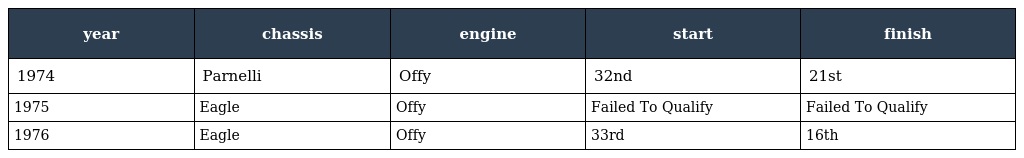
| year | chassis | engine | start | finish |
 | --- | --- | --- | --- | --- |
 | 1974 | Parnelli | Offy | 32nd | 21st |
 | 1975 | Eagle | Offy | Failed To Qualify | Failed To Qualify |
 | 1976 | Eagle | Offy | 33rd | 16th |